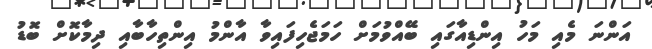
އަންނަ މެއި މަހު އިންޑިއާގައި ބޭއްވުމަށް ހަމަޖެހިފައިވާ އާންމު އިންތިހާބާއި ދިމާކޮށް ބޮޑު